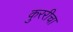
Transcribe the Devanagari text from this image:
कुररीचा